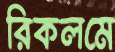
রিকলমে